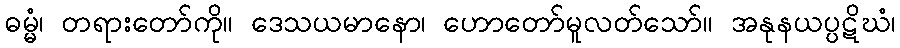
ဓမ္မံ၊ တရားတော်ကို။ ဒေသယမာနော၊ ဟောတော်မူလတ်သော်။ အနုနယပ္ပဋိဃံ၊